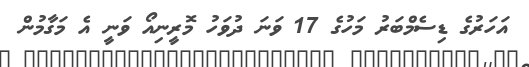
އަހަރުގެ ޑިސެމްބަރު މަހުގެ 17 ވަނަ ދުވަހު މޮރީނިއޯ ވަނީ އެ މަގާމުން